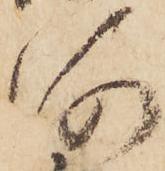
河